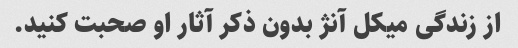
از زندگی میکل آنژ بدون ذکر آثار او صحبت کنید.